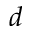
d